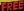
FREE